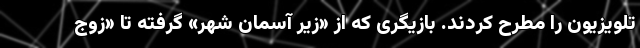
تلویزیون را مطرح کردند. بازیگری که از «زیر آسمان شهر» گرفته تا «زوج